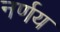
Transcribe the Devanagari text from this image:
नर्णय